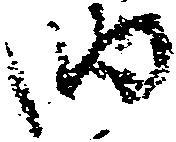
納